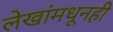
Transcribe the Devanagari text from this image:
लेखांमधूनही